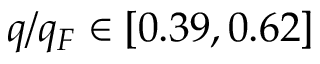
q / q _ { F } \in [ 0 . 3 9 , 0 . 6 2 ]